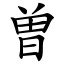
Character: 曽